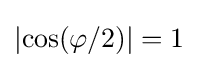
\left|\cos(\varphi /2)\right|=1